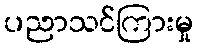
ပညာသင်ကြားမှု